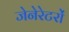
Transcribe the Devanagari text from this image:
जेनेरेटरों